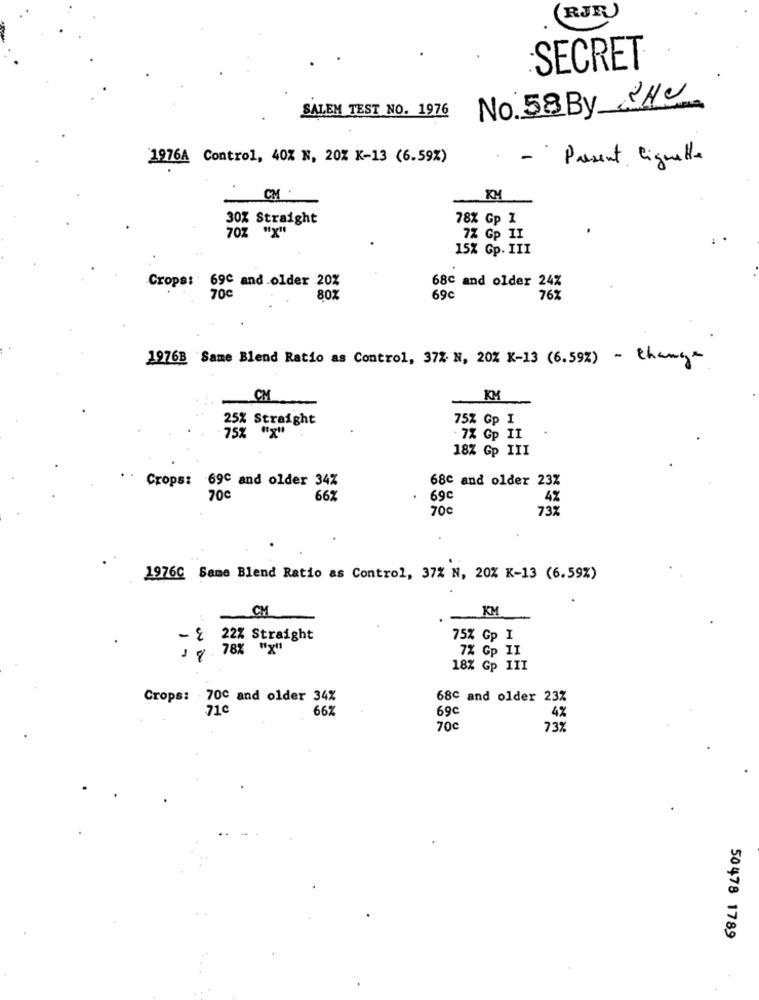
RJR
SECRET
SALEM TEST NO. 1976
No. 58By 2HC
1976A Control, 40% N, 20% K-13 (6.59%)
Present lignette
CM
30% Straight
78% Gp I
70%
7% Gp II
15% Gp. III
Crops: 69C and older 20%
68c and older 24%
70℃
80%
69c
76%
1976B Same Blend Ratio as Control, 372 N, 20% X-13 (6.59%) - change
CM
KM
-
25% Straight
75% Gp I
75% "x"
7% Gp II
18% Gp III
68c and older 23%
Crops: 69C and older 34%
70℃
662
69c
4%
70€
732
1976C Same Blend Ratio as Control, 37% N, 20% K-13 (6.59%)
KM
CM
- { 22% Straight
75% Gp I
J q. 78% "x"
7% Gp II
18% Gp III
Crops: 700 and older 34%
68c and older 23%
.71c
66%
69c
4%
70c
73%
50478 1789